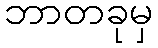
ဘာတခုမှ